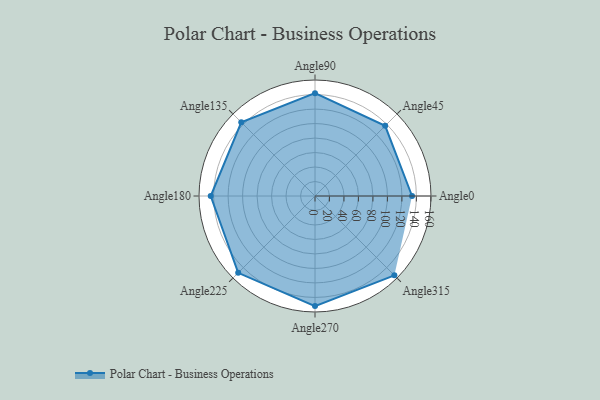
{"axis": {"x": "Angle", "y": "Radius"}, "legend": [""], "data": [{"x": "Angle0", "y": 134.0, "type": ""}, {"x": "Angle45", "y": 137.0, "type": ""}, {"x": "Angle90", "y": 142.0, "type": ""}, {"x": "Angle135", "y": 144.0, "type": ""}, {"x": "Angle180", "y": 144.0, "type": ""}, {"x": "Angle225", "y": 150.0, "type": ""}, {"x": "Angle270", "y": 152.0, "type": ""}, {"x": "Angle315", "y": 155.0, "type": ""}]}